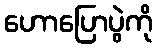
ဟောပြောပွဲကို